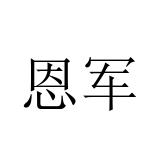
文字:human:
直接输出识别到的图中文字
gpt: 恩军